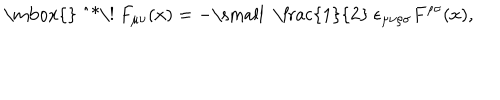
LaTeX: \mathrm { \mathrm { } ~ ^ { * } \! ~ } F _ { \mu \nu } ( x ) = - \mathrm { \small ~ \frac { 1 } { 2 } ~ } \epsilon _ { \mu \nu \rho \sigma } F ^ { \rho \sigma } ( x ) ,